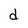
Character: d